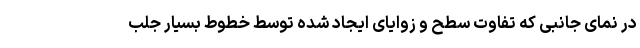
در نمای جانبی که تفاوت سطح و زوایای ایجاد شده توسط خطوط بسیار جلب